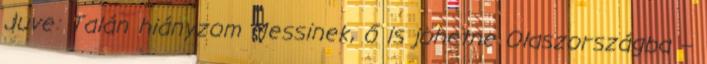
Juve: Talán hiányzom Messinek, ő is jöhetne Olaszországba –